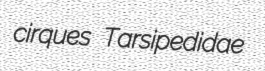
cirques Tarsipedidae